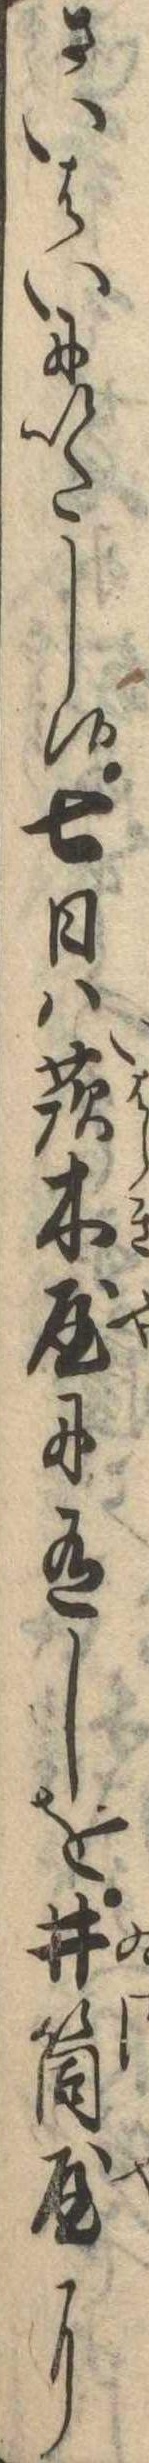
さいはいにいたし候七日は茨木屋に有しを井筒屋に